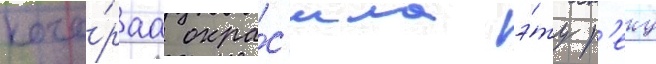
кото́раа окра́с'ила э́ту р'еку